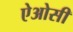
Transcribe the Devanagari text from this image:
ऐओसी